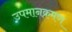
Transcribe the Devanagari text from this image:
उपमानक्रमण